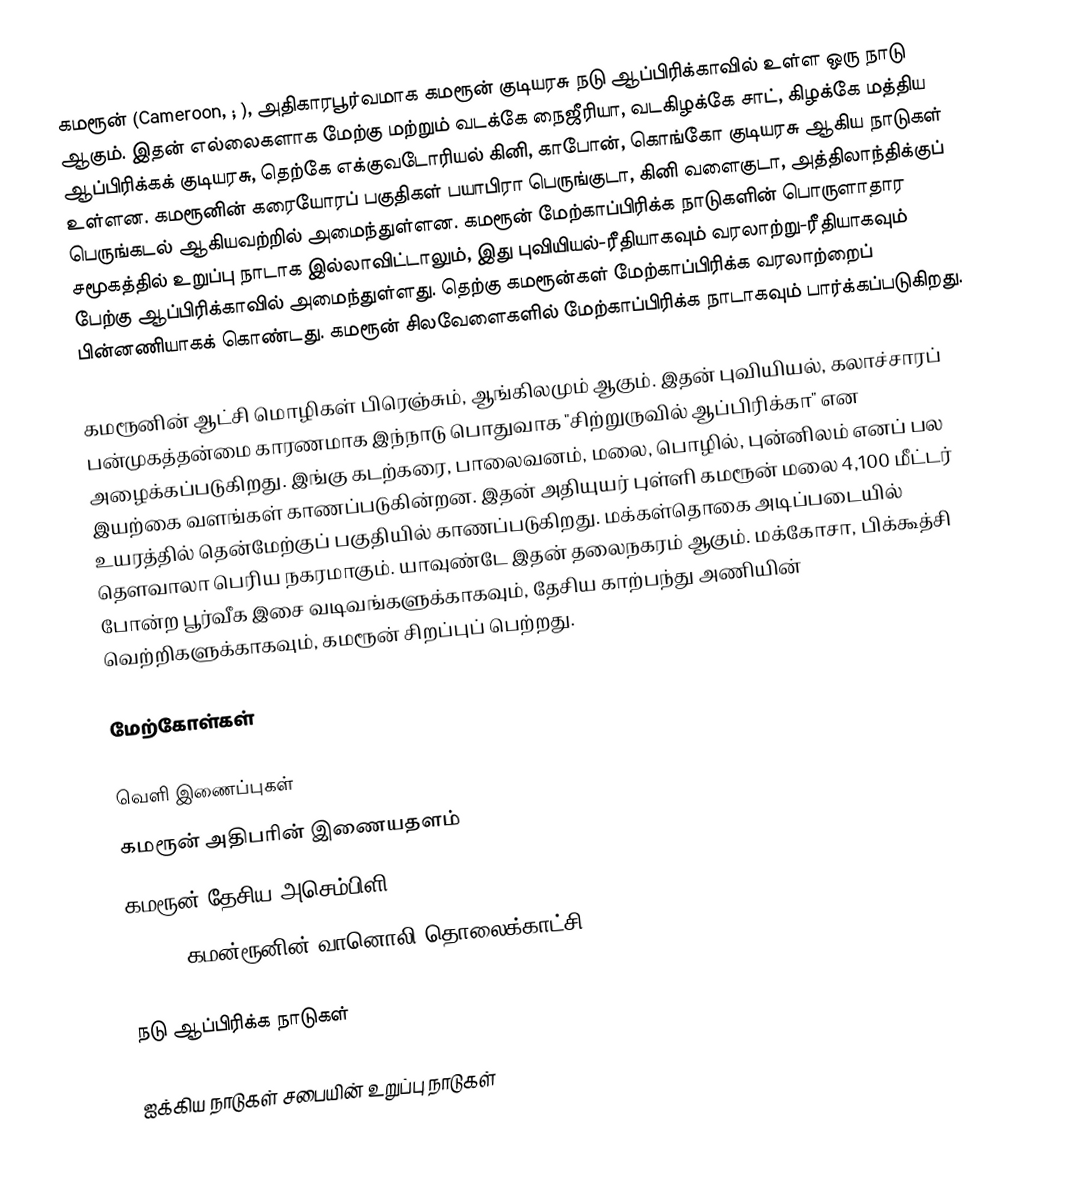
கமரூன் (Cameroon, ; ), அதிகாரபூர்வமாக கமரூன் குடியரசு நடு ஆப்பிரிக்காவில் உள்ள ஒரு நாடு ஆகும். இதன் எல்லைகளாக மேற்கு மற்றும் வடக்கே நைஜீரியா, வடகிழக்கே சாட், கிழக்கே மத்திய ஆப்பிரிக்கக் குடியரசு, தெற்கே எக்குவடோரியல் கினி, காபோன், கொங்கோ குடியரசு ஆகிய நாடுகள் உள்ளன. கமரூனின் கரையோரப் பகுதிகள் பயாபிரா பெருங்குடா, கினி வளைகுடா, அத்திலாந்திக்குப் பெருங்கடல் ஆகியவற்றில் அமைந்துள்ளன. கமரூன் மேற்காப்பிரிக்க நாடுகளின் பொருளாதார சமூகத்தில் உறுப்பு நாடாக இல்லாவிட்டாலும், இது புவியியல்-ரீதியாகவும் வரலாற்று-ரீதியாகவும் பேற்கு ஆப்பிரிக்காவில் அமைந்துள்ளது. தெற்கு கமரூன்கள் மேற்காப்பிரிக்க வரலாற்றைப் பின்னணியாகக் கொண்டது. கமரூன் சிலவேளைகளில் மேற்காப்பிரிக்க நாடாகவும் பார்க்கப்படுகிறது.

கமரூனின் ஆட்சி மொழிகள் பிரெஞ்சும், ஆங்கிலமும் ஆகும். இதன் புவியியல், கலாச்சாரப் பன்முகத்தன்மை காரணமாக இந்நாடு பொதுவாக "சிற்றுருவில் ஆப்பிரிக்கா" என அழைக்கப்படுகிறது. இங்கு கடற்கரை, பாலைவனம், மலை, பொழில், புன்னிலம் எனப் பல இயற்கை வளங்கள் காணப்படுகின்றன. இதன் அதியுயர் புள்ளி கமரூன் மலை 4,100 மீட்டர் உயரத்தில் தென்மேற்குப் பகுதியில் காணப்படுகிறது. மக்கள்தொகை அடிப்படையில் தௌவாலா பெரிய நகரமாகும். யாவுண்டே இதன் தலைநகரம் ஆகும். மக்கோசா, பிக்கூத்சி போன்ற பூர்வீக இசை வடிவங்களுக்காகவும், தேசிய காற்பந்து அணியின் வெற்றிகளுக்காகவும், கமரூன் சிறப்புப் பெற்றது.

மேற்கோள்கள்

வெளி இணைப்புகள்
 கமரூன் அதிபரின் இணையதளம்
 கமரூன் தேசிய அசெம்பிளி
 CRTV — கமன்ரூனின் வானொலி தொலைக்காட்சி

நடு ஆப்பிரிக்க நாடுகள்

ஐக்கிய நாடுகள் சபையின் உறுப்பு நாடுகள்